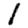
Digit: 1